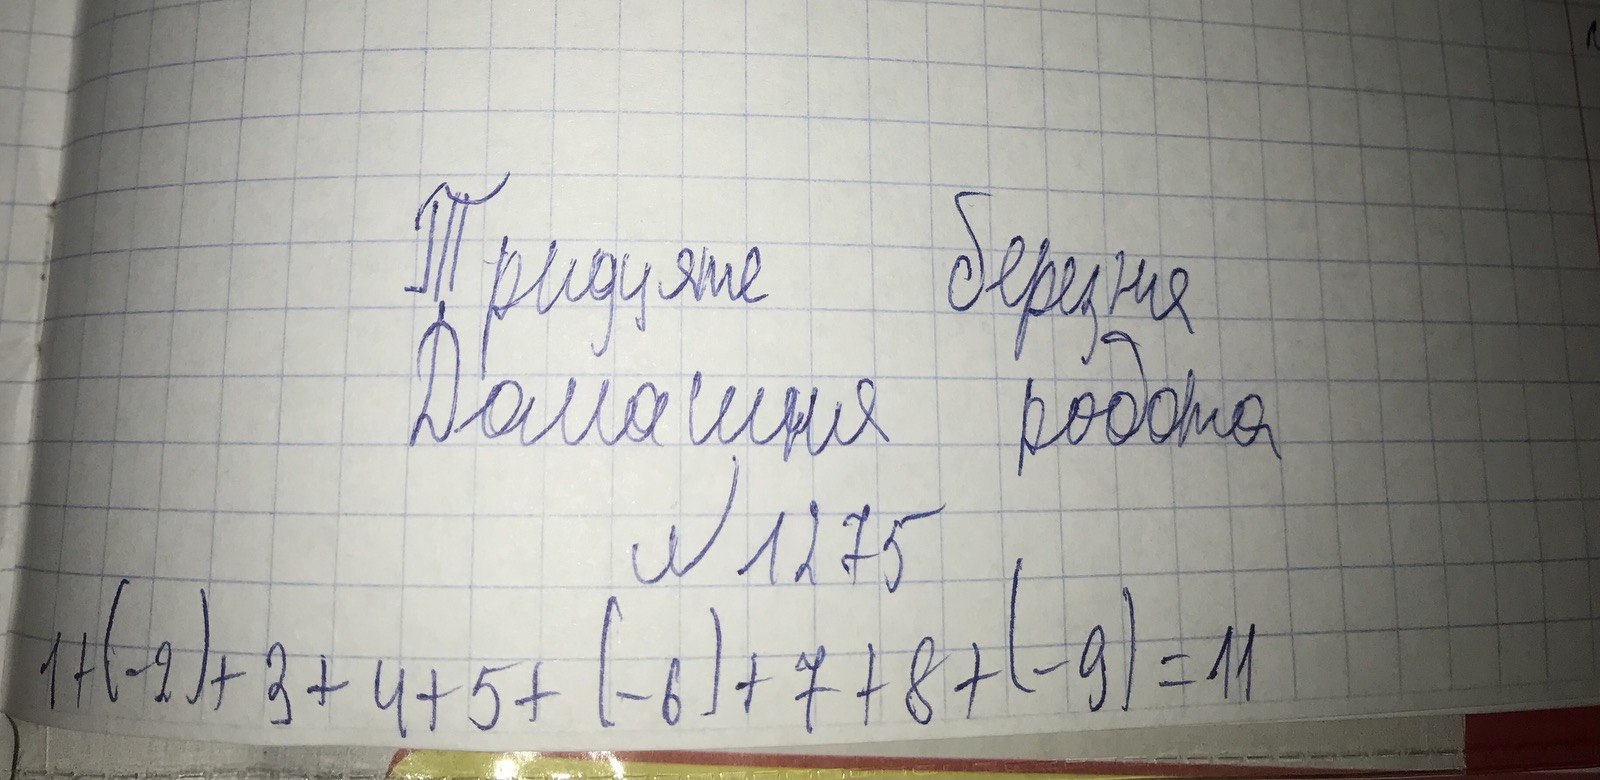
Тридцяте березня
Домашня робота
№1275
1 + (-2) + 3 + 4 + 5 + (-6) + 7 + 8 + (-9) = 11